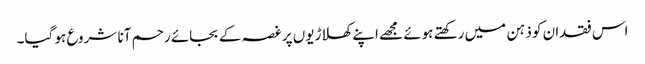
اس فقدان کو ذہن میں رکھتے ہوئے مجھے اپنے کھلاڑیوں پر غصہ کے بجائے رحم آنا شروع ہو گیا۔